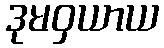
ဒုမဝှယာယ